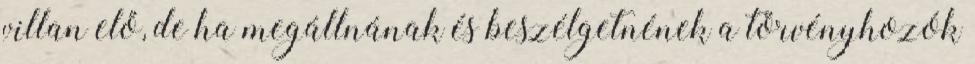
villan elő, de ha megállnának és beszélgetnének a törvényhozók